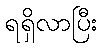
ရရှိလာပြီး